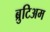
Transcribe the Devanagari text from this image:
ब्रुटिअम